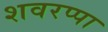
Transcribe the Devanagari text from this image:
शवरप्पा